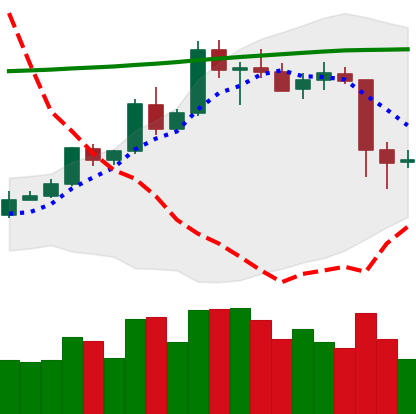
Ticker: ETC-USD
Chart end date: 2020-05-12
Forward return: 9.739%
Label: up_7plus